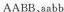
AABB，aabb